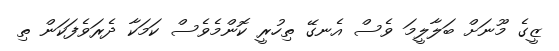
ޒީގެ މޫނަށް ބަލާލީމަ ވެސް އެނގޭ ތިހުރީ ކޮންމެވެސް ކަމަކާ ދެރަވެފަކަން ތި